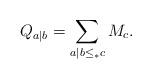
LaTeX: \begin{align*}Q_{a| b}=\sum_{a|b\leq_{*} c} M_c.\end{align*}